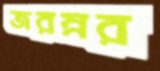
জরম্নর